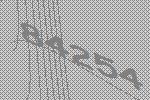
84254